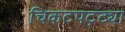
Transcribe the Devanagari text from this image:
चिकटपट्ट्या